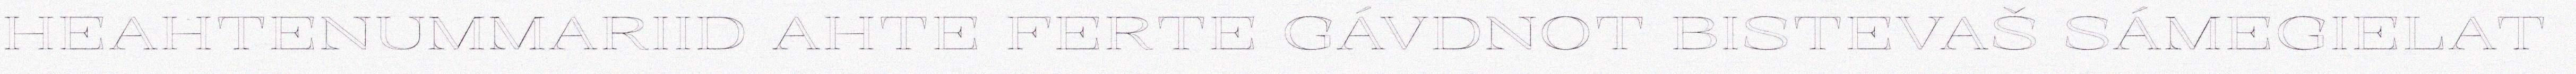
HEAHTENUMMARIID AHTE FERTE GÁVDNOT BISTEVAŠ SÁMEGIELAT